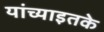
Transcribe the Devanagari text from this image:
यांच्याइतके